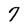
Character: 7